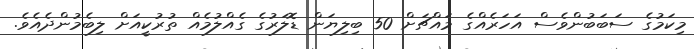
މިކަމުގެ ސަބަބުންވެސް އަހަރެއްގެ މައްޗަށް 50 ބިލިޔަން ޑޮލަރުގެ ގެއްލުމެއް ތުރުކީއަށް ލިބެމުންދެއެވެ.